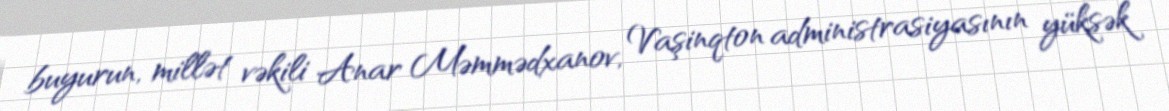
buyurun, millət vəkili Anar Məmmədxanov, Vaşinqton administrasiyasının yüksək